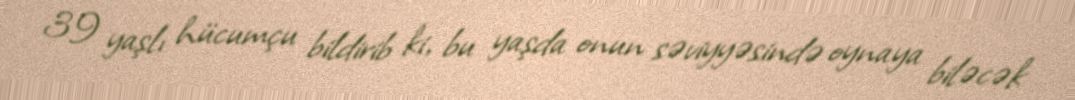
39 yaşlı hücumçu bildirib ki, bu yaşda onun səviyyəsində oynaya biləcək